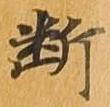
断